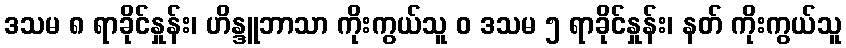
ဒသမ ၈ ရာခိုင်နှုန်း၊ ဟိန္ဒူဘာသာ ကိုးကွယ်သူ ဝ ဒသမ ၅ ရာခိုင်နှုန်း၊ နတ် ကိုးကွယ်သူ